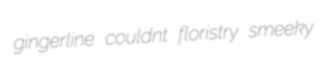
gingerline couldnt floristry smeeky